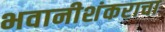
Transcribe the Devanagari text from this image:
भवानीशंकराचा